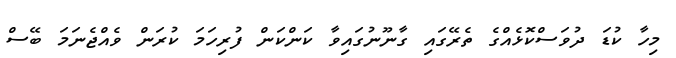
މިހާ ކުޑަ ދުވަސްކޮޅެއްގެ ތެރޭގައި ގާނޫނުގައިވާ ކަންކަން ފުރިހަމަ ކުރަން ވެއްޖެނަމަ ބޭސް